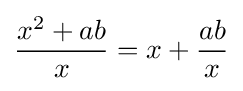
{\frac {x^{2}+ab}{x}}=x+{\frac {ab}{x}}